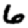
Digit: 6